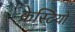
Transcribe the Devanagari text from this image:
क्रेस्टियों